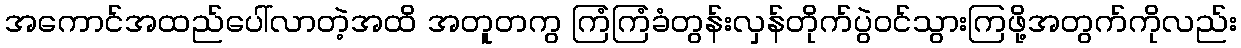
အကောင်အထည်ပေါ်လာတဲ့အထိ အတူတကွ ကြံကြံခံတွန်းလှန်တိုက်ပွဲဝင်သွားကြဖို့အတွက်ကိုလည်း